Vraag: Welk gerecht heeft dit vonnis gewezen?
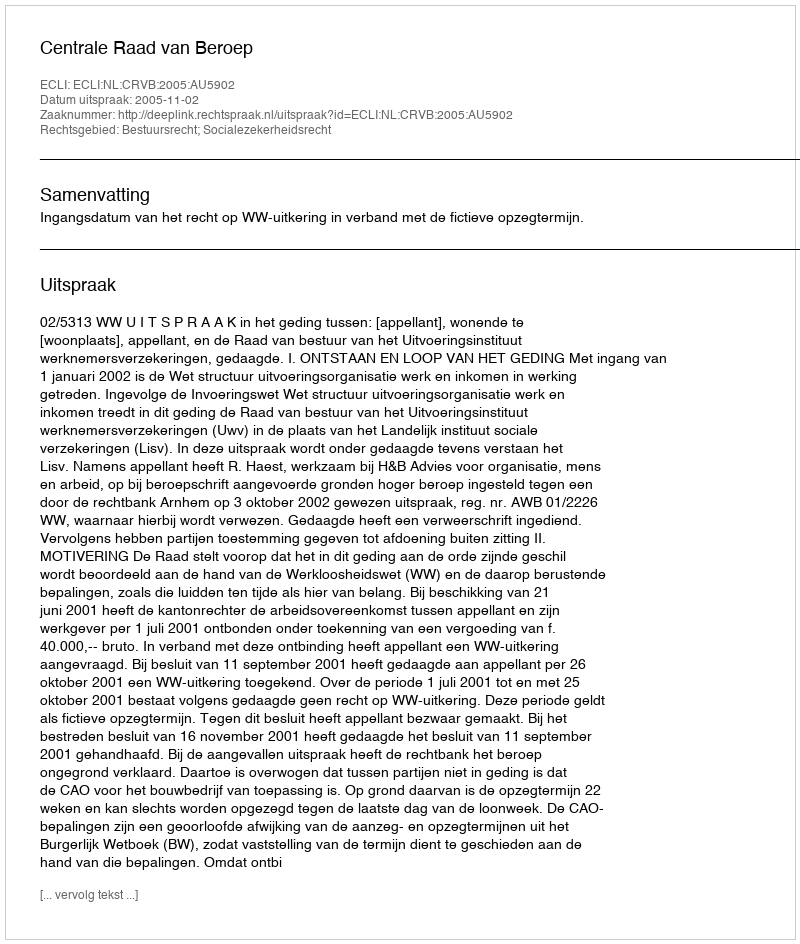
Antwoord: Centrale Raad van Beroep